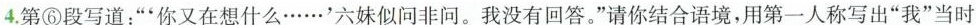
4.第⑥段写道：“‘你又在想什么……’六妹似问非问。我没有回答。”请你结合语境，用第一人称写出“我”当时